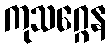
ကုသဂ္ဂေန